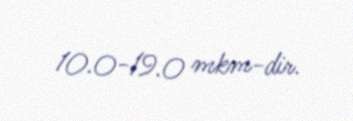
10.0-19.0 mkm-dir.